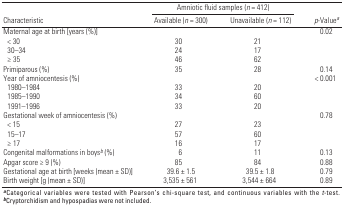
<table><thead><tr><td colspan="3"><b>Amniotic fluid samples (n = 412)</b></td></tr><tr><td><b>Characteristic</b></td><td><b>Available (n = 300)</b></td><td><b>Unavailable (n = 112)</b></td><td><b>p-Value<sup>a</sup></b></td></tr></thead><tbody><tr><td>Maternal age at birth [years (%)]</td><td></td><td></td><td></td><td></td><td></td><td>0.02</td></tr><tr><td>&lt; 30</td><td></td><td>30</td><td></td><td>21</td><td></td><td></td></tr><tr><td>30–34</td><td></td><td>24</td><td></td><td>17</td><td></td><td></td></tr><tr><td>≥ 35</td><td></td><td>46</td><td></td><td>62</td><td></td><td></td></tr><tr><td>Primiparous (%)</td><td></td><td>35</td><td></td><td>28</td><td></td><td>0.14</td></tr><tr><td>Year of amniocentesis (%)</td><td></td><td></td><td></td><td></td><td></td><td>&lt; 0.001</td></tr><tr><td>1980–1984</td><td></td><td>33</td><td></td><td>20</td><td></td><td></td></tr><tr><td>1985–1990</td><td></td><td>34</td><td></td><td>60</td><td></td><td></td></tr><tr><td>1991–1996</td><td></td><td>33</td><td></td><td>20</td><td></td><td></td></tr><tr><td>Gestational week of amniocentesis (%)</td><td></td><td></td><td></td><td></td><td></td><td>0.78</td></tr><tr><td>&lt; 15</td><td></td><td>27</td><td></td><td>23</td><td></td><td></td></tr><tr><td>15–17</td><td></td><td>57</td><td></td><td>60</td><td></td><td></td></tr><tr><td>≥ 17</td><td></td><td>16</td><td></td><td>17</td><td></td><td></td></tr><tr><td>Congenital malformations in boysb (%)</td><td></td><td>6</td><td></td><td>11</td><td></td><td>0.13</td></tr><tr><td>Apgar score ≥ 9 (%)</td><td></td><td>85</td><td></td><td>84</td><td></td><td>0.88</td></tr><tr><td>Gestational age at birth [weeks (mean ± SD)]</td><td></td><td>39.6 ± 1.5</td><td></td><td>39.5 ± 1.8</td><td></td><td>0.79</td></tr><tr><td>Birth weight [g (mean ± SD)]</td><td></td><td>3,535 ± 561</td><td></td><td>3,544 ± 664</td><td></td><td>0.89</td></tr><tr><td colspan="7">aCategorical variables were tested with Pearson’s chi-squaretest, and continuous variables with the t-test. bCryptorchidism andhypospadias were not included.</td></tr></tbody></table>